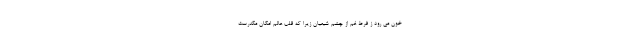
خون مى رود ز فرط غم از چشم شیعیان زیرا که قلب عالم امکان مکدَّرست